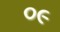
૦૯